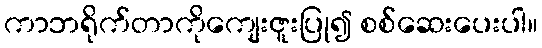
ကာဘရိုက်တာကိုကျေးဇူးပြု၍ စစ်ဆေးပေးပါ။